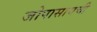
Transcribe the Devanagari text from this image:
जोपासायची